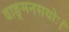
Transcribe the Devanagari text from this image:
वाङ्मनसयोः।